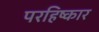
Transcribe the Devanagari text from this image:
परहिष्कार